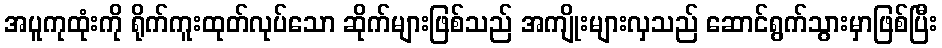
အပူကုထုံးကို ရိုက်ကူးထုတ်လုပ်သော ဆိုက်များဖြစ်သည် အကျိုးများလှသည် ဆောင်ရွက်သွားမှာဖြစ်ပြီး